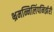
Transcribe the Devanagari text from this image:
भ्रमन्निलिंपनिर्झरी